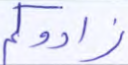
زادوكم